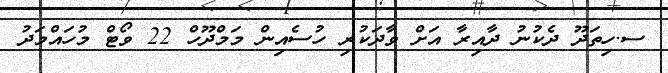
ސ.ހިތަދޫ ދެކުނު ދާއިރާ އަށް ވާދަކުރި ހުސެއިން މަމްދޫހް 22 ވޯޓް މުހައްމަދު